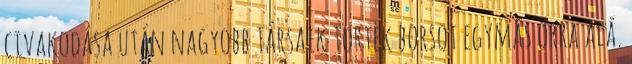
civakodása után nagyobb társaik törtek borsot egymás orra alá.